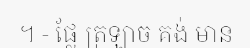
។ - ផ្លែ ត្រឡាច គង់ មាន